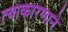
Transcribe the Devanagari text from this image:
त्याकारणाने